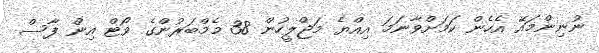
ނުނިންމައޭ އެހެން ކަމަށްވާނަމަ އިއްޔެ މަޖްލީހުން 38 މެމްބަރުންގެ ވޯޓް އިން ފާސް